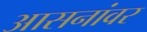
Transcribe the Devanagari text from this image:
आसनांवर